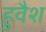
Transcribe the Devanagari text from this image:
हुवैश